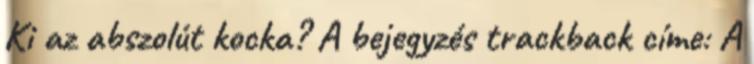
Ki az abszolút kocka? A bejegyzés trackback címe: A